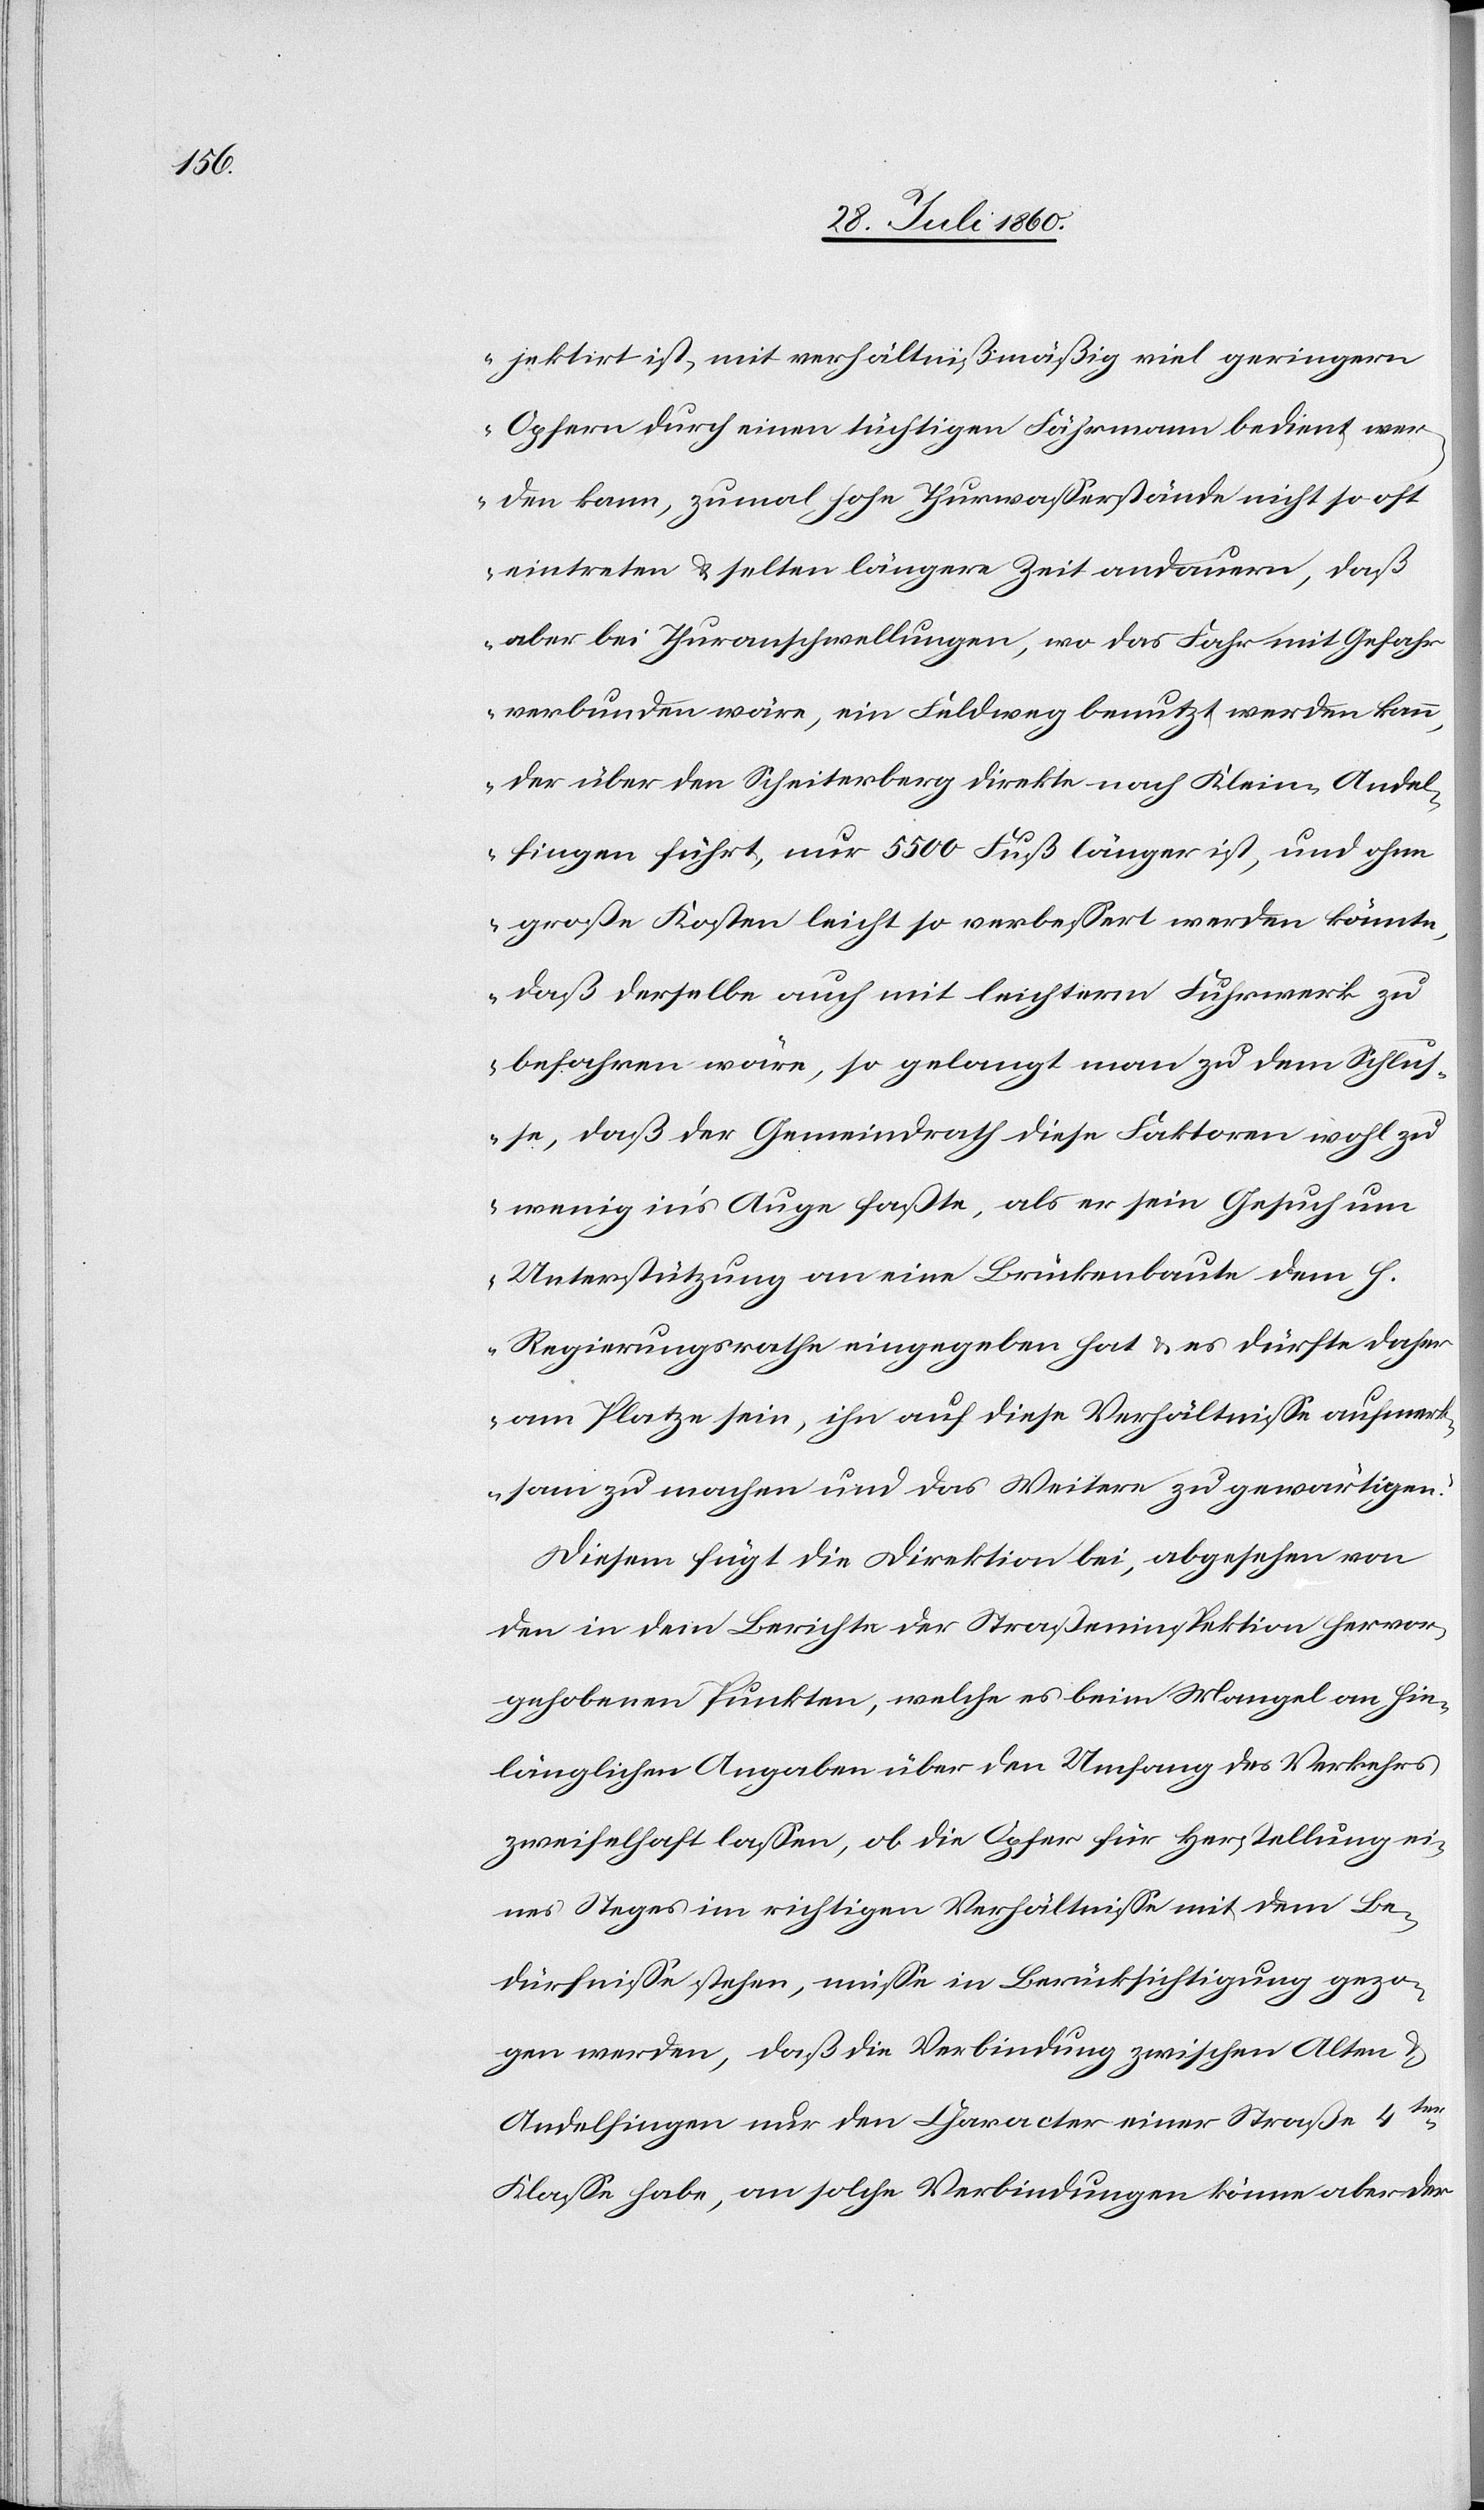
jektirt ist, mit verhältnismässig viel geringern
Opfern durch einen tüchtigen Fährmann bedient wer¬
den kann, zumal hohe Thurwasserstände nicht so oft
eintreten und selten längere Zeit andauern, dass
aber bei Thuranschwellungen, wo das Fahr mit Gefahr
verbunden wäre, ein Feldweg benutzt werden kann,
der über den Scheiterberg direkte nach Klein-Andel¬
fingen führt, nur 5500 Fuß länger ist und ohne
große Kosten leicht so verbessert werden könnte,
dass derselbe auch mit leichterm Fuhrwerk zu
befahren wäre, so gelangt man zu dem Schlus¬
se, dass der Gemeindrath diese Faktoren wohl zu
wenig ins Auge faßte, als er sein Gesuch um
Unterstützung an eine Brückenbaute dem h.
Regierungsrathe eingegeben hat und es dürfte daher
am Platze sein, ihn auf diese Verhältnisse aufmer¬
ksam zu machen und das Weitere zu gewärtigen.“
Diesem fügt die Direktion bei, abgesehen von
den in dem Berichte der Strasseninspektion hervor¬
gehobenen Punkten, welche es beim Mangel an hin¬
länglichen Angaben über den Umfang des Verkehrs
zweifelhaft lassen, ob die Opfer für Herstellung ei¬
nes Steges im richtigen Verhältnisse mit dem Be¬
dürfnisse stehen, müsse in Berücksichtigung gezo¬
gen werden, dass die Verbindung zwischen Alten u.
Andelfingen nur den Charakter einer Strasse 4ter
Classe habe, an solche Verbindungen könne aber der